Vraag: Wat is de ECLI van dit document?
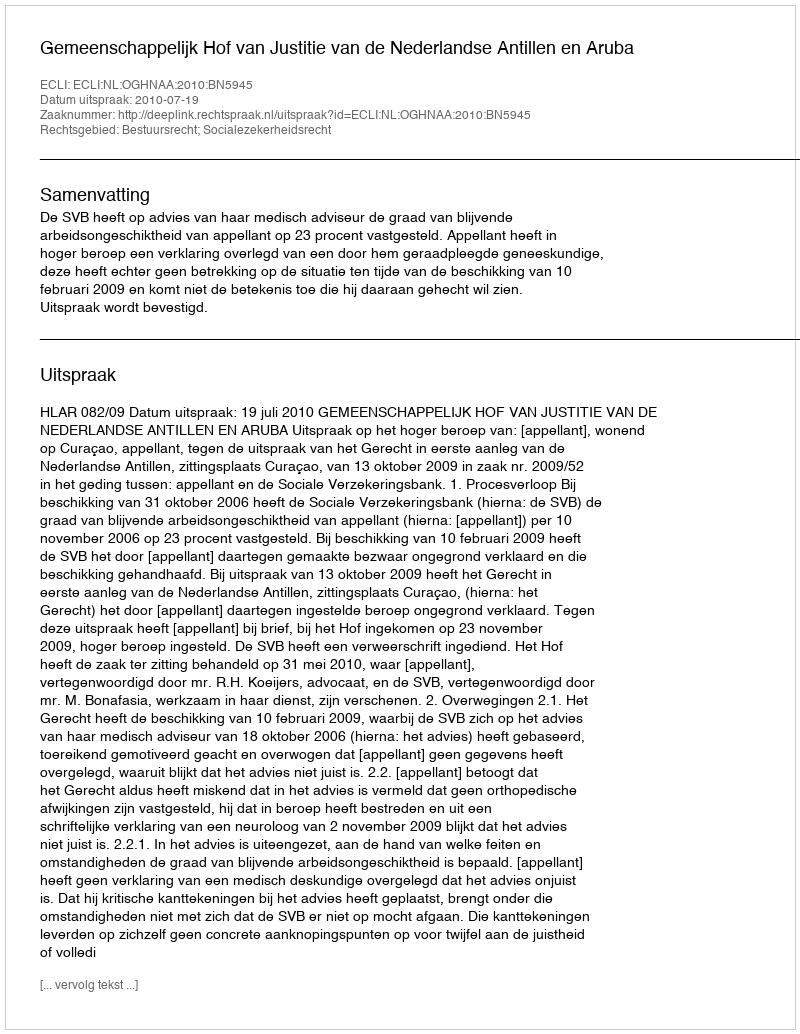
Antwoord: ECLI:NL:OGHNAA:2010:BN5945